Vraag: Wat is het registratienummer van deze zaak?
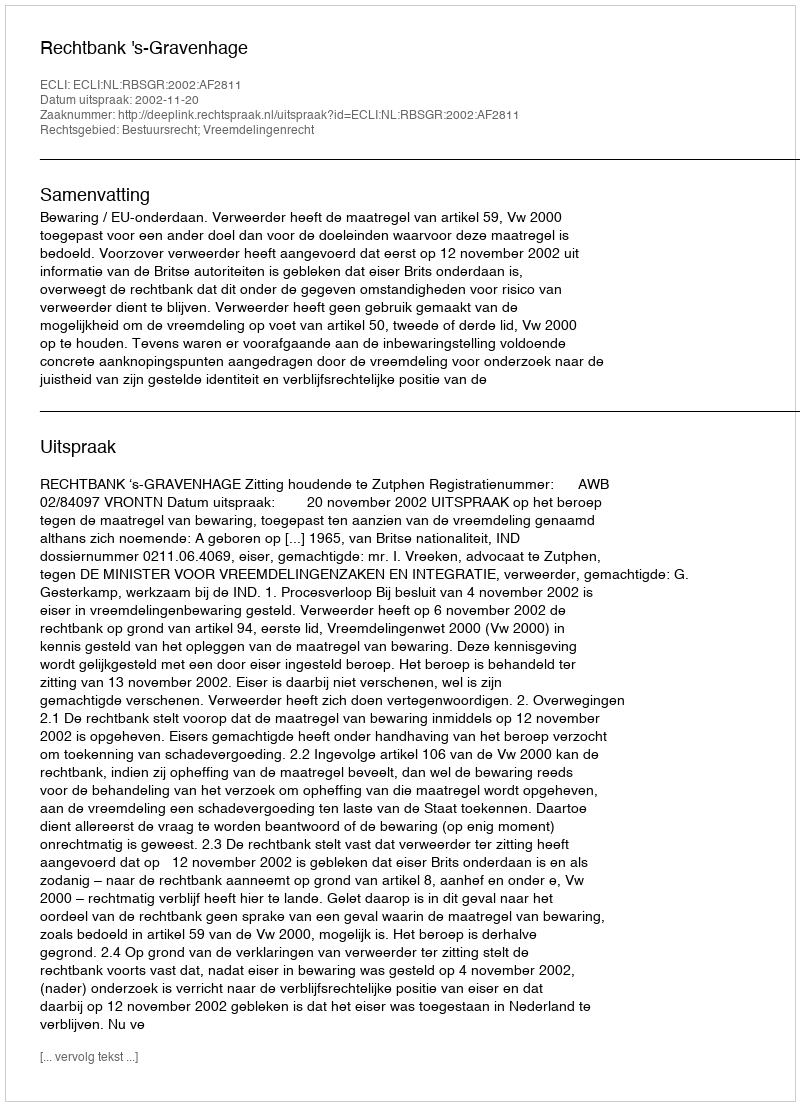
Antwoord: http://deeplink.rechtspraak.nl/uitspraak?id=ECLI:NL:RBSGR:2002:AF2811